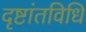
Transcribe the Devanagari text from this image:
दृष्टांतविधि